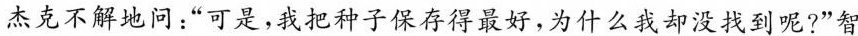
杰克不解地问：“可是，我把种子保存得最好，为什么我却没找到呢?”智